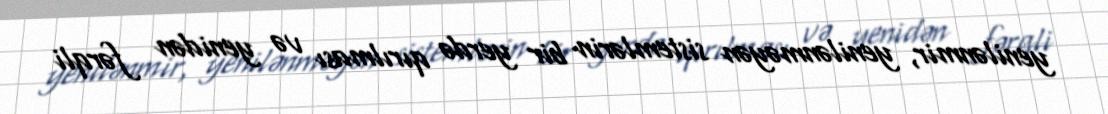
yenilənmir, yenilənməyən sistemlərin bir yerdə qırılması və yenidən fərqli